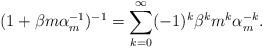
LaTeX: \begin{align*}(1+\beta m \alpha_{m}^{-1})^{-1}=\sum_{k=0}^{\infty}(-1)^{k}\beta^{k}m^{k}\alpha_{m}^{-k}.\end{align*}